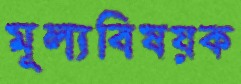
মূল্যবিষয়ক